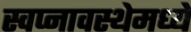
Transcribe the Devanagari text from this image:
स्वप्नावस्थेमध्ये